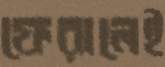
ফেরালেই